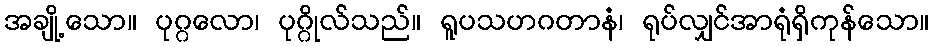
အချို့သော။ ပုဂ္ဂလော၊ ပုဂ္ဂိုလ်သည်။ ရူပသဟဂတာနံ၊ ရုပ်လျှင်အာရုံရှိကုန်သော။